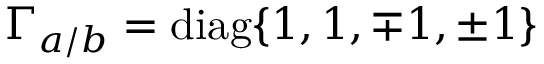
\Gamma _ { a / b } = \mathrm { d i a g } \{ 1 , 1 , \mp 1 , \pm 1 \}